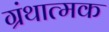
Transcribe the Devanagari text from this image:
ग्रंथात्मक